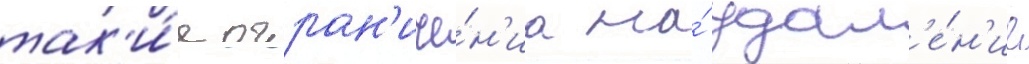
так'и́е огран'иче́н'иа на́ удал'е́н'ие